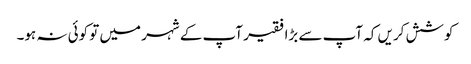
کوشش کریں کہ آپ سے بڑا فقیر آپ کے شہر میں تو کوئی نہ ہو۔